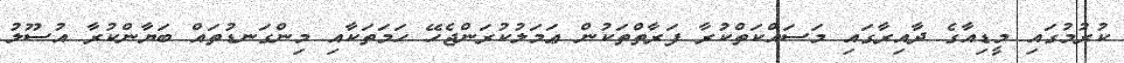
ކުރުމުގައި މީޑިއާގެ ދާއިރާގައި މަސައްކަތްކުރާ ފަރާތްތަކުން ޢަމަލުކުރަންޖެހޭ ހަމަތަކާއި މިންގަނޑުތައް ބަޔާންކުރާ އުސޫލު